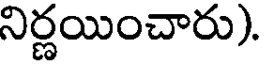
నిర్ణయించారు).